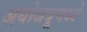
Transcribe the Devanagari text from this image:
अधोजत्रूमध्ये